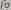
Text: 11